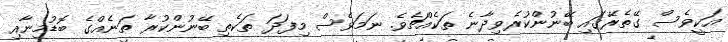
އަކީވެސް ގޭތެރޭގައި ބޭނުންކުރެވިދާނެ ތަކެއްޗެވެ. ނަމަވެސް މިފަދަ ތަކެތި ބޭނުންކުރާ ތަނެއްގެ ބޮޑުމިނާއި